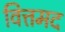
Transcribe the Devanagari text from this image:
वित्तमद